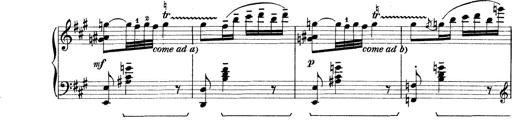
Title: Rapsodie: 19 ungheresi, 1 spagnuola
Composer: Franz Liszt